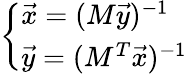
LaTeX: \left\{ \begin{array}{ll}{\vec{x}=(M\vec{y})^{-1}}\\ {\vec{y}=(M^{T}\vec{x})^{-1}}\end{array}\right.